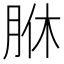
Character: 䏫